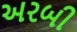
અરબી